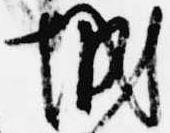
城